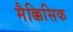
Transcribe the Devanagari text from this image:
मैक्किसिक